Annual statistical returns and brief notes on vaccination in Bengal - 1896-1909
Year: 1896
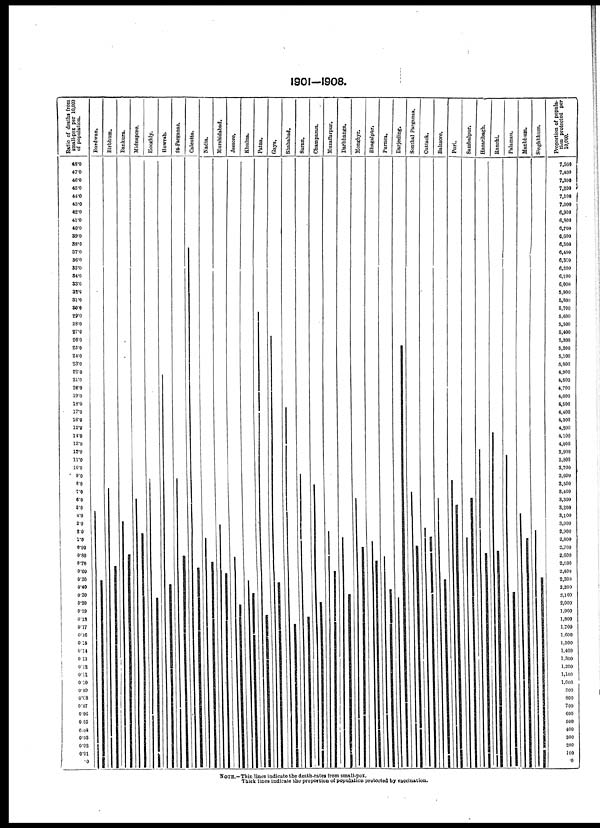
1901—1908.
NOTE.—Thin lines indicate the death-rates from small-pox.
Thick lines indicate too proportion of population protected by vaccination.